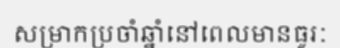
សម្រាកប្រចាំឆ្នាំនៅពេលមានធូរៈ